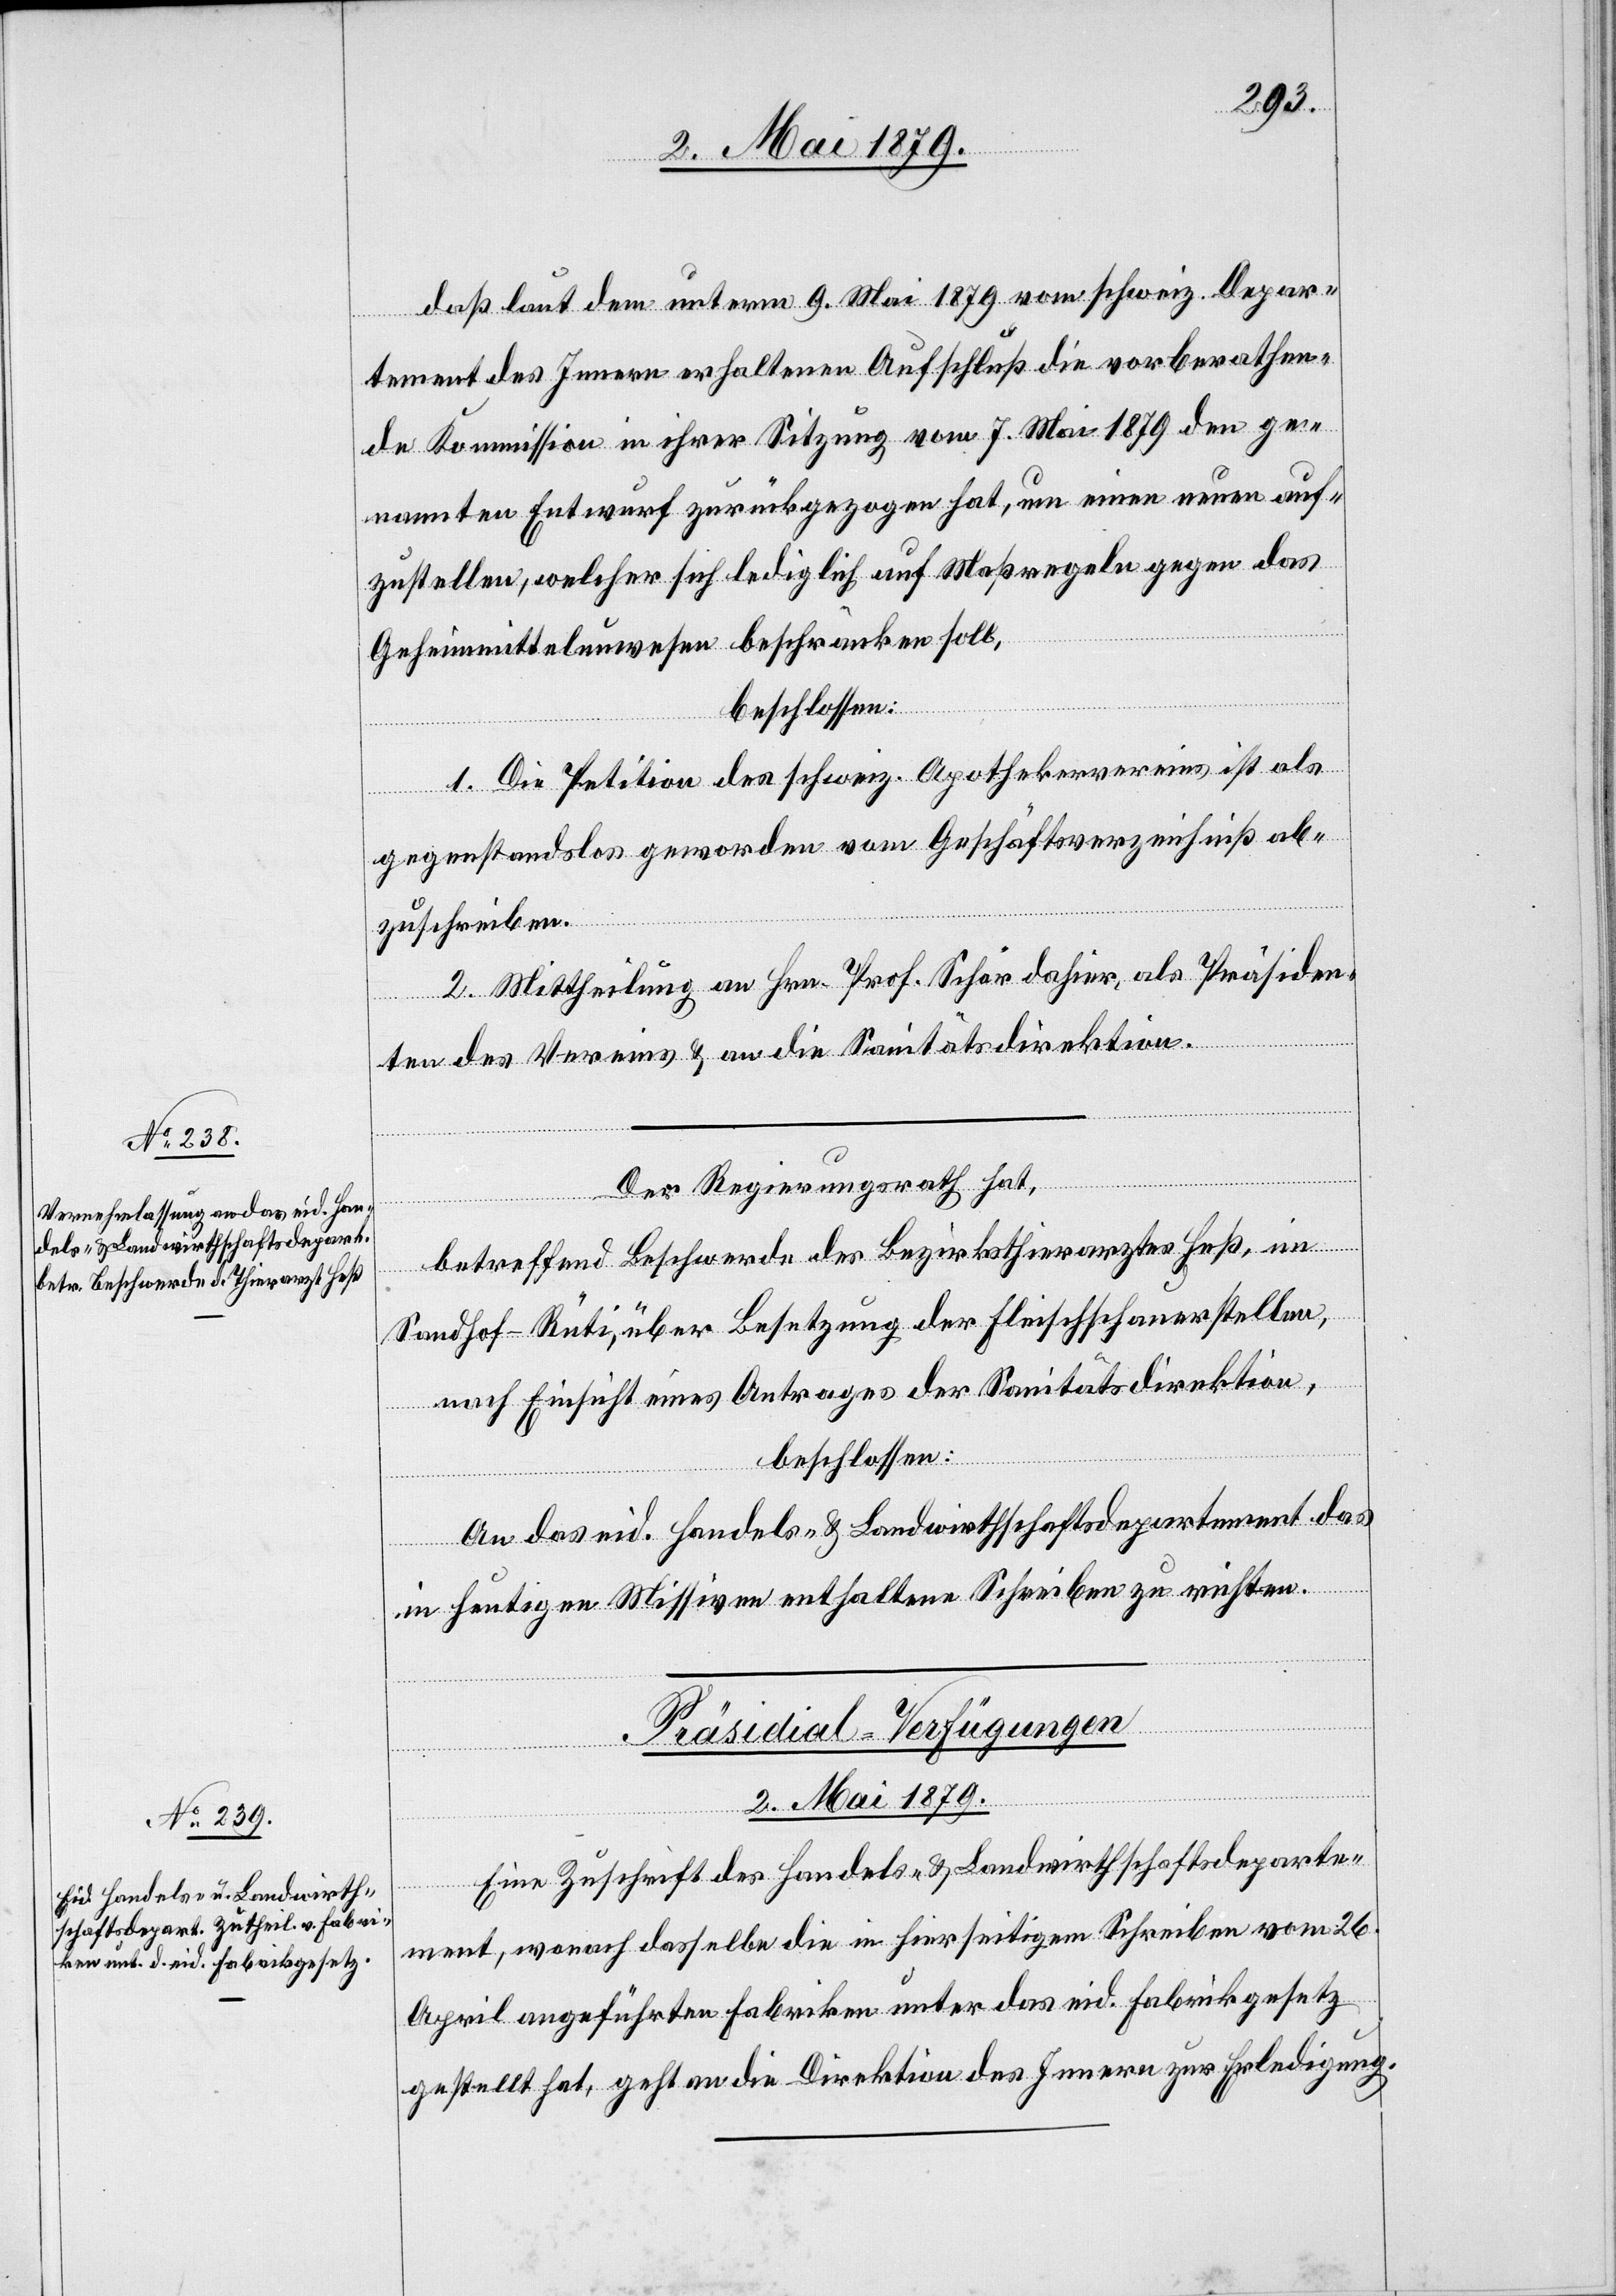
daß laut dem unterm 9. Mai 1879 vom schweiz. Depar¬
tement des Innern erhaltenen Aufschluß die vorberathen¬
de Kommission in ihrer Sitzung vom 7. Mai 1879 den ge¬
nannten Entwurf zurückgezogen hat, um einen neuen auf¬
zustellen, welcher sich lediglich auf Maßregeln gegen das
Geheimmittelunwesen beschränken soll,
beschlossen:
1. Die Petition des schweiz. Apothekervereins ist als
gegenstandslos geworden vom Geschäftsverzeichniß ab¬
zuschreiben.
2. Mittheilung an Hrn. Prof. Schär dahier, als Präsiden¬
ten des Vereins & an die Sanitätsdirektion.
Der Regierungsrath hat,
betreffend Beschwerde der Bezirksthierarztes Heß, im
Sandhof - Rüti, über Besetzung der Fleischschauerstellen,
nach Einsicht eines Antrages der Sanitätsdirektion,
beschlossen:
An das eid. Handels- & Landwirthschaftsdepartement das
in heutigen Missiven enthaltene Schreiben zu richten.
Präsidial-Verfügungen
2. Mai 1879.
Eine Zuschrift des Handels- & Landwirthschaftsdeparte¬
ment, wonach dasselbe die in hierseitigem Schreiben vom 26.
April angeführten Fabriken unter das eid. Fabrikgesetz
gestellt hat, geht an die Direktion des Innern zur Erledigung.